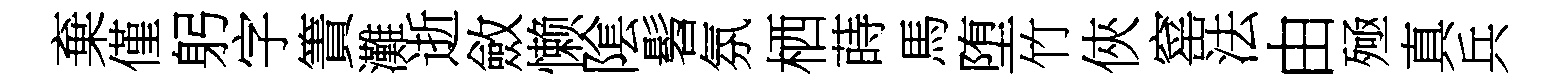
棄僅躬字簀灘逝斂懒隂髫氛栖蒔馬堕竹俠窰法由殛真兵